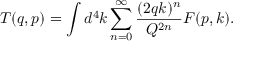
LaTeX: T ( q , p ) = \int d ^ { 4 } k \sum _ { n = 0 } ^ { \infty } \frac { ( 2 q k ) ^ { n } } { Q ^ { 2 n } } F ( p , k ) .